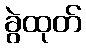
ခွဲထုတ်